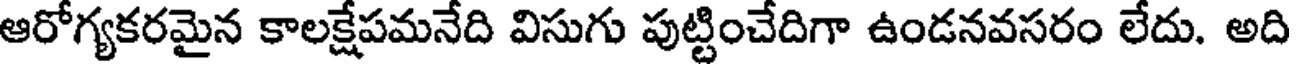
ఆరోగ్యకరమైన కాలక్షేపమనేది విసుగు పుట్టించేదిగా ఉండనవసరం లేదు. అది